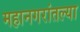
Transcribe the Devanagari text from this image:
महानगरांतल्या